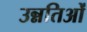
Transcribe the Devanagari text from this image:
उन्नतिओं